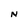
Character: N